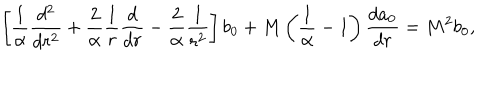
LaTeX: \left[ { \frac { 1 } { \alpha } } { \frac { d ^ { 2 } } { d r ^ { 2 } } } + { \frac { 2 } { \alpha } } { \frac { 1 } { r } } { \frac { d } { d r } } - { \frac { 2 } { \alpha } } { \frac { 1 } { r ^ { 2 } } } \right] b _ { 0 } + M \left( { \frac { 1 } { \alpha } } - 1 \right) { \frac { d a _ { 0 } } { d r } } = M ^ { 2 } b _ { 0 } ,